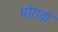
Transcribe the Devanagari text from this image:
पोरावा